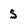
Character: s